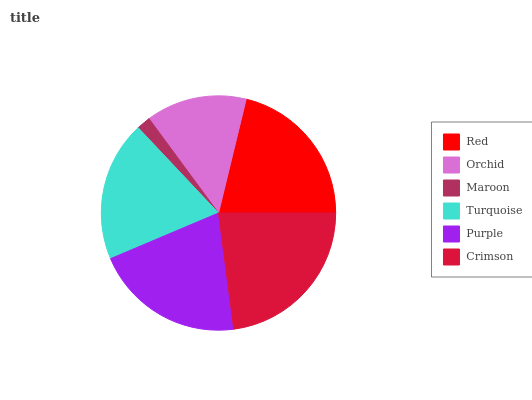
| Red | Orchid | Maroon | Turquoise | Purple | Crimson |
 | --- | --- | --- | --- | --- | --- |
 | 21.2% | 13.9% | 1.93% | 19.4% | 20.7% | 22.9% |